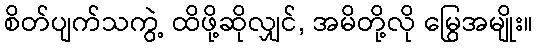
စိတ်ပျက်သကွဲ့ ထိဖို့ဆိုလျှင်, အမိတို့လို မြွေအမျိုး။